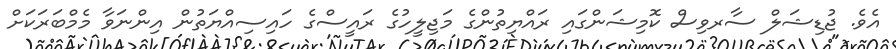
އެވެ. ޖުޑިޝަލް ސާރވިސް ކޮމިޝަންގައި ރައްޔިތުންގެ މަޖިލީހުގެ ރައީސްގެ ހައިސިއްޔަތުން އިންނަވާ މެމްބަރަކަށް